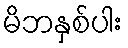
မိဘနှစ်ပါး